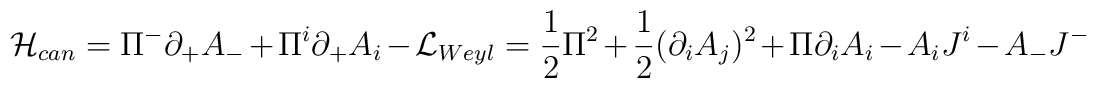
{\cal H}_{can}  =  \Pi^{-}\partial_{+}A_{-} +\Pi^i\partial_{+}A_i - {\cal L}_{Weyl} = \frac 1 2 \Pi^2 + \frac 1 2 (\partial_i A_j)^2 + \Pi\partial_i A_i  -   A_i J^i - A_{-} J^{-}